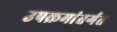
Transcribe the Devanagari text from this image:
उपक्रमांतर्गत